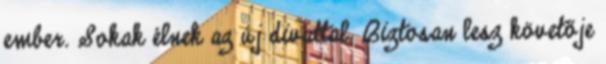
ember. Sokak élnek az új divattal. Biztosan lesz követője